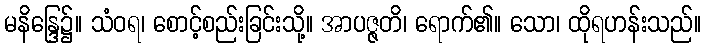
မနိန္ဒြေ၌။ သံဝရ၊ စောင့်စည်းခြင်းသို့။ အာပဇ္ဇတိ၊ ရောက်၏။ သော၊ ထိုရဟန်းသည်။